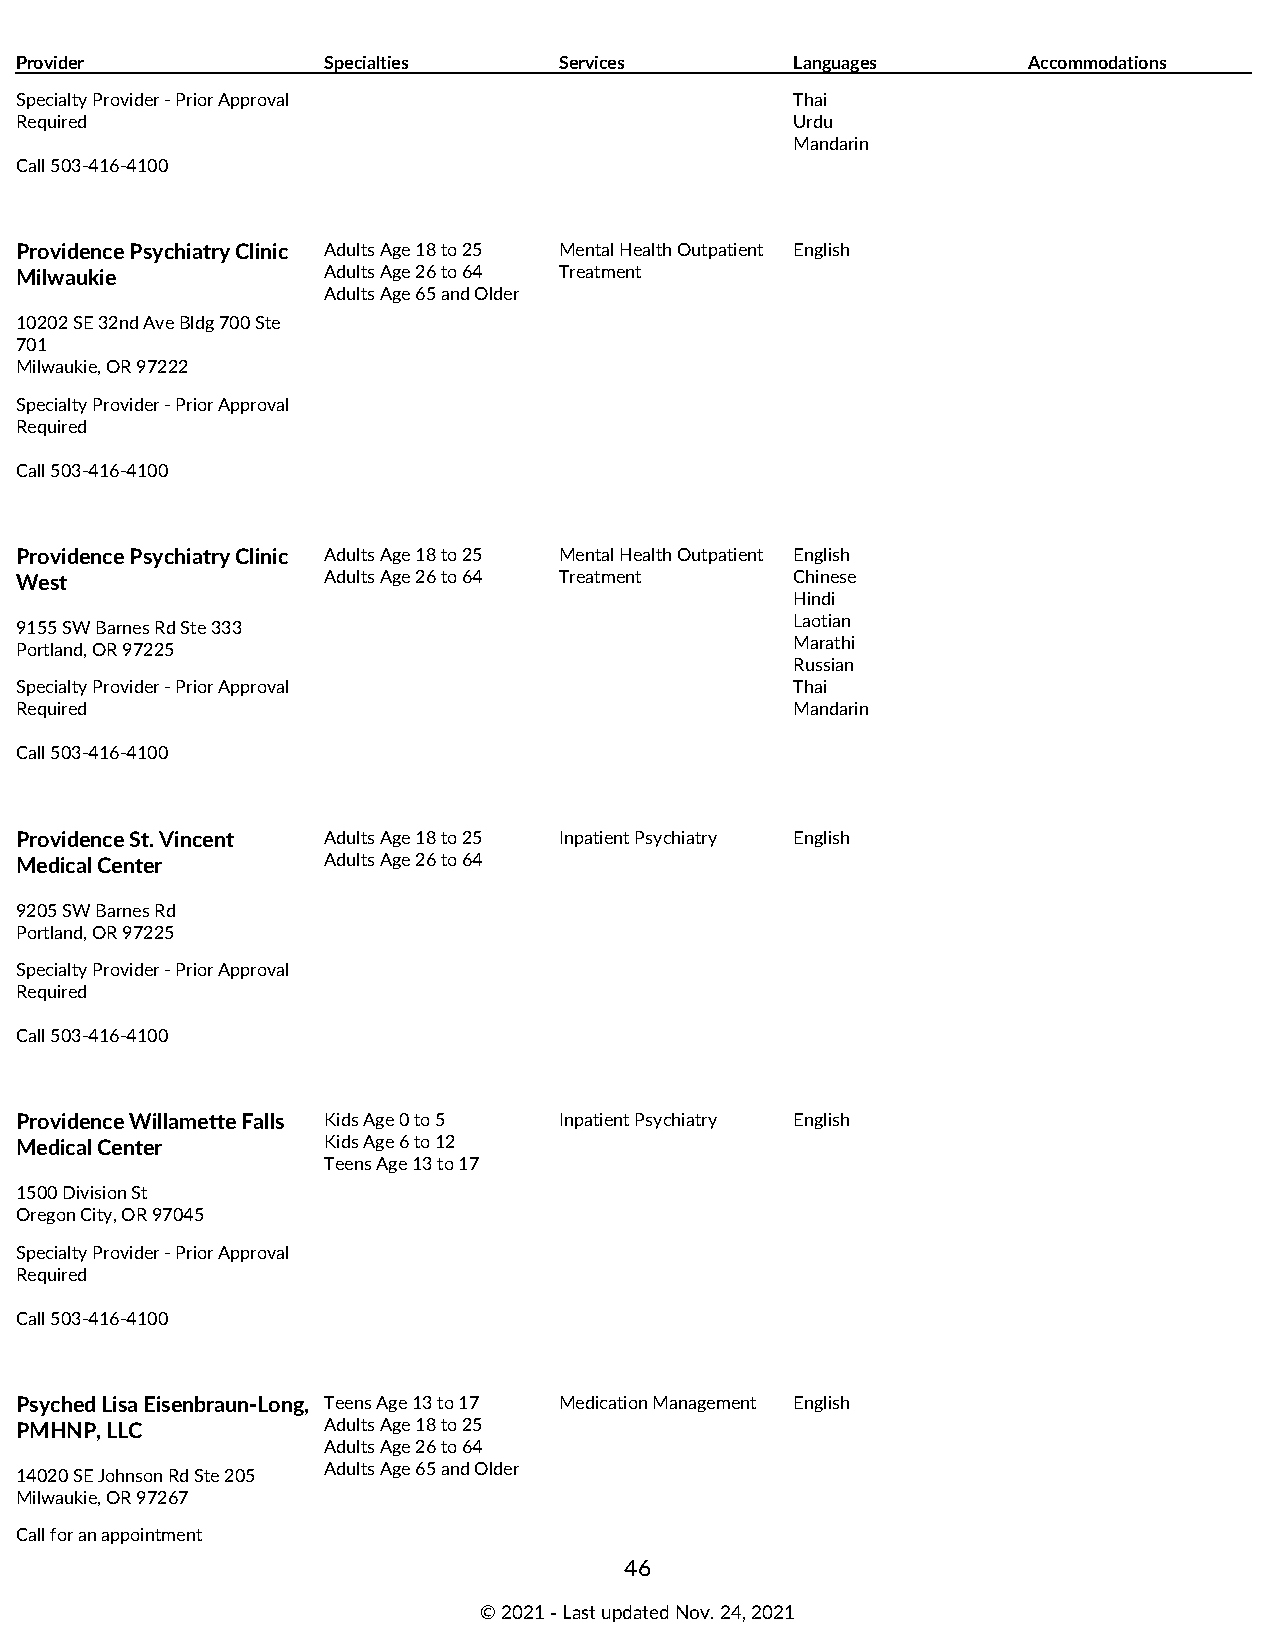
Provider            Specialties     Services        Languages      Accommodations
 Specialty Provider - Prior Approval                 Thai
 Required                                            Urdu
 Mandarin
 Call 503-416-4100
 Providence Psychiatry Clinic Adults Age 18 to 25 Mental Health Outpatient English
 Milwaukie           Adults Age 26 to 64 Treatment
 Adults Age 65 and Older
 10202 SE 32nd Ave Bldg 700 Ste
 701
 Milwaukie, OR 97222
 Specialty Provider - Prior Approval
 Required
 Call 503-416-4100
 Providence Psychiatry Clinic Adults Age 18 to 25 Mental Health Outpatient English
 West                Adults Age 26 to 64 Treatment   Chinese
 Hindi
 Laotian
 9155 SW Barnes Rd Ste 333
 Marathi
 Portland, OR 97225
 Russian
 Specialty Provider - Prior Approval                 Thai
 Required                                            Mandarin
 Call 503-416-4100
 Providence St. Vincent Adults Age 18 to 25 Inpatient Psychiatry English
 Medical Center      Adults Age 26 to 64
 9205 SW Barnes Rd
 Portland, OR 97225
 Specialty Provider - Prior Approval
 Required
 Call 503-416-4100
 Providence Willamette Falls Kids Age 0 to 5 Inpatient Psychiatry English
 Medical Center      Kids Age 6 to 12
 Teens Age 13 to 17
 1500 Division St
 Oregon City, OR 97045
 Specialty Provider - Prior Approval
 Required
 Call 503-416-4100
 Psyched Lisa Eisenbraun-Long, Teens Age 13 to 17 Medication Management English
 PMHNP, LLC          Adults Age 18 to 25
 Adults Age 26 to 64
 Adults Age 65 and Older
 14020 SE Johnson Rd Ste 205
 Milwaukie, OR 97267
 Call for an appointment
 46
 © 2021 ‑ Last updated Nov. 24, 2021